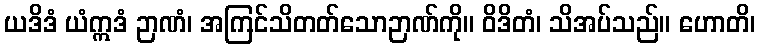
ယဒိဒံ ယံဣဒံ ဉာဏံ၊ အကြင်သိတတ်သောဉာဏ်ကို။ ဝိဒိတံ၊ သိအပ်သည်။ ဟောတိ၊